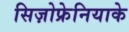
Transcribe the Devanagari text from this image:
सिज़ोफ्रेनियाके